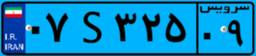
۰۷S۳۲۵۰۹